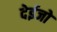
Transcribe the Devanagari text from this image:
देईजो